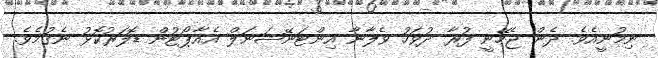
ނިމުނީއެވެ. ދެން ޖެހޭނީ ފުރާ ދުވަހު ވެލާނާ އިންޓަނޭޝަނަލް އެއާޕޯޓުން ޑޮލަރުކޮޅު ނެގުމެވެ.